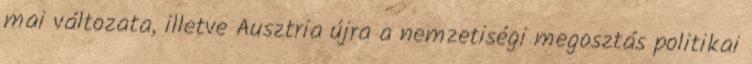
mai változata, illetve Ausztria újra a nemzetiségi megosztás politikai